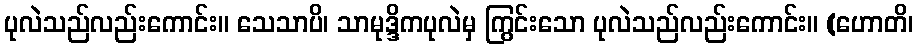
ပုလဲသည်လည်းကောင်း။ သေသာပိ၊ သာမုဒ္ဒိကပုလဲမှ ကြွင်းသော ပုလဲသည်လည်းကောင်း။ (ဟောတိ၊